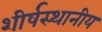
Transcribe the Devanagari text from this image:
शीर्षस्थानीय